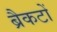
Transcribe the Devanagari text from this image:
ब्रैकटों